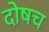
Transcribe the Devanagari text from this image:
दोषच